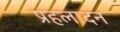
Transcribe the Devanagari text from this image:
प्रहलादन